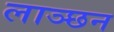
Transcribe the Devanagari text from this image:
लाञ्छन